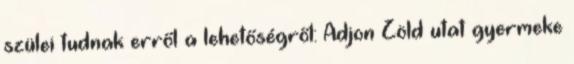
szülei tudnak erről a lehetőségről: Adjon Zöld utat gyermeke